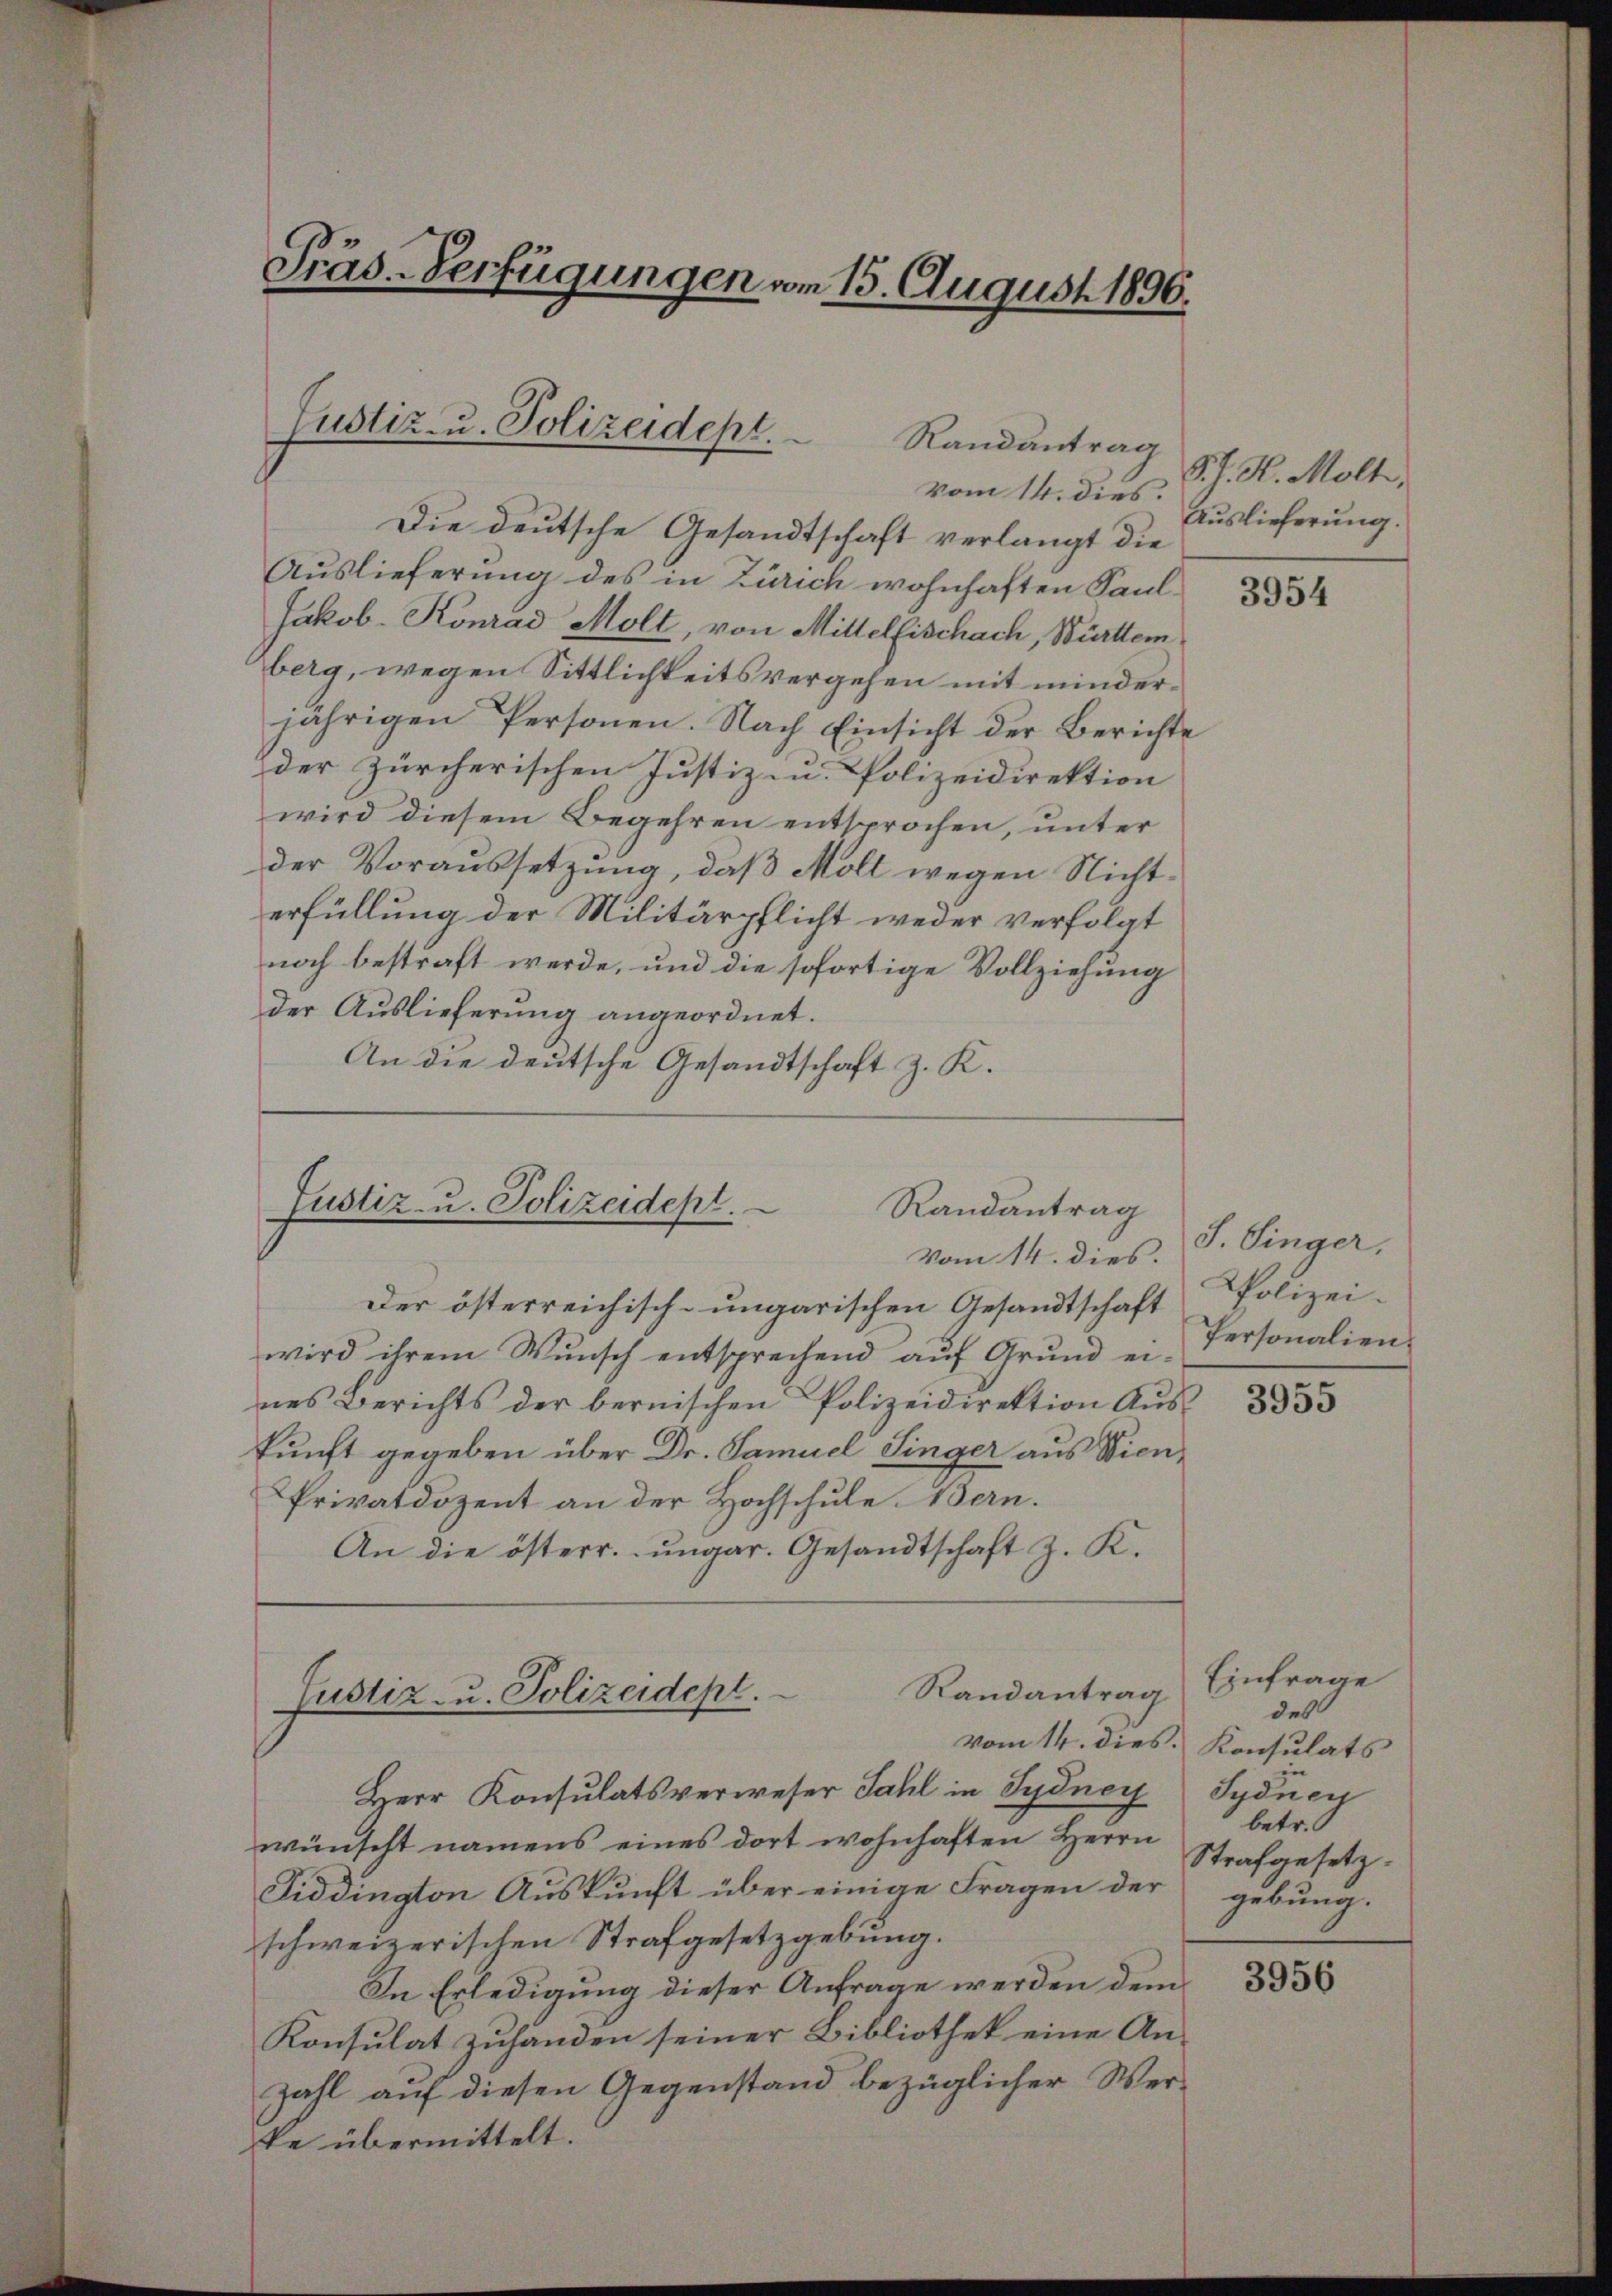
Präs-Verfügungen vom 15. August 1896.

Justiz- u. Polizeidepl.
Randantrag

vom 14. dies.
Die deutsche Gesandtschaft verlangt die
Auslieferung des in Zürich wohnhaften Paul¬
Jakob. Konrad Molt, von Mittelfischach, Württem
berg, wegen Sittlichkeitsvergehen mit minderjährigen Personen. Nach Einsicht der Berichte
der Zürcherischen Justiz- u. Polizeidirektion
wird diesem Begehren entsprochen, unter
der Voraussetzung, daß Moll wegen Nichterfüllung der Militärpflicht weder verfolgt
noch bestraft werde, und die sofortige Vollziehung
der Auslieferung angeordnet.
An die deutsche Gesandtschaft z. K.

Justiz- u. Polizeidept.
Randantrag

Der österreichisch-ungarischen Gesandtschaft
wird ihrem Wunsch entsprechend aŭf Grŭnd ei-
nes Berichts der bernischen Polizeidirektion Aŭs-
kunft gegeben über Dr. Samuel Singer aus Wien¬
Privatdozent an der Hochschule Bern.
An die österr. ungar. Gesandtschaft z. K.
vom 14. dies. Konsulats
Herr Konsulatsverweser Fahl in Sydney Sydnen
wünscht namens eines dort wohnhaften Herrn
Fiddington Auskunft über einige Fragen der
schweizerischen Strafgesetzgebung.
In Erledigung dieser Anfrage werden dem
Konsulat zuhanden seiner Bibliothek eine Anzahl auf diesen Gegenstand bezüglicher Werke übermittelt.

Justiz- u. Polizeidept.

Randantrag

vom 14. dies. J. Dinger.

S. J. H. Molt,
Auslieferung.

3954

Polizei.
Personalien.

3955

Einfrage
des
betr.
Strafgesetz.
gebung.

3956